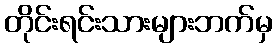
တိုင်းရင်းသားများဘက်မှ